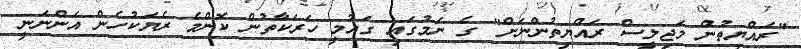
"ރައްޔިތުން މަޖިލީސް ރައްޔިތުންނަށް" ގެ ނަމުގައި ގައުމީ ހަރަކާތުން ކޮންމެ ރެޔަކުހެން އަންނަނީ